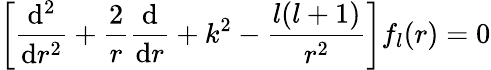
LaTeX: \left[{\frac{\mathrm{d}^{2}}{\mathrm{d}r^{2}}}+{\frac{2}{r}}{\frac{\mathrm{d}}{\mathrm{d}r}}+k^{2}-{\frac{l(l+1)}{r^{2}}}\right]f_{l}(r)=0